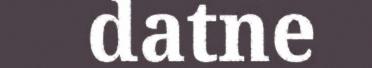
datne